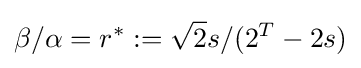
\beta /\alpha =r^{*}:={\sqrt {2}}s/(2^{T}-2s)